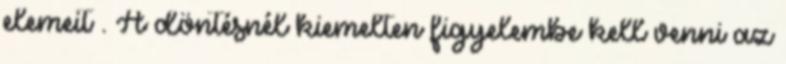
elemeit . A döntésnél kiemelten figyelembe kell venni az